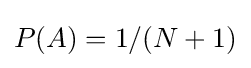
P(A)=1/(N+1)